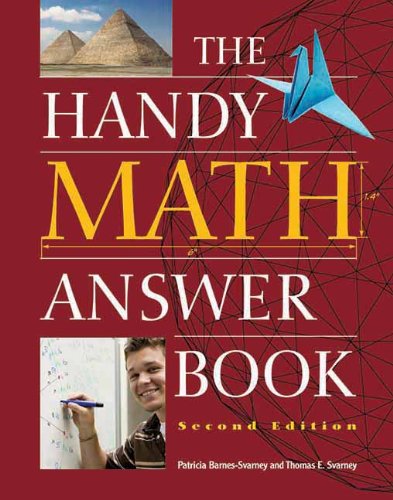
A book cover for The Handy Math Answer Book (The Handy Answer Book Series); Patricia Barnes-Svarney; Science & Math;